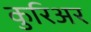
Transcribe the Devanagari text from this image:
कुरिअर